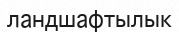
ландшафтылык